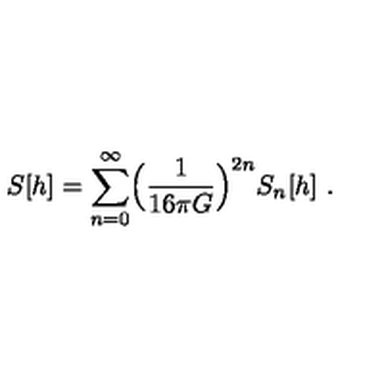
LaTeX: S [ h ] = \sum _ { n = 0 } ^ { \infty } \Bigl ( \frac { 1 } { 1 6 \pi G } \Bigr ) ^ { 2 n } S _ { n } [ h ] \ .